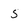
Character: 5